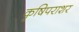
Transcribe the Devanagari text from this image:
कृषिपराशर